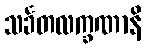
သင်္ခတလက္ခဏာနိ